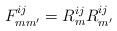
LaTeX: \begin{align*}F^{ij}_{mm'} = R^{ij}_m R^{ij}_{m'}\end{align*}